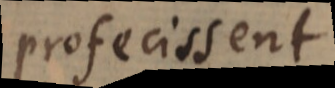
profecissent